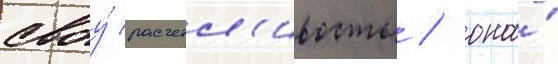
своу́ расчетл'ивость / она́